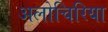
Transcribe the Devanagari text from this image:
अलोचिरिया